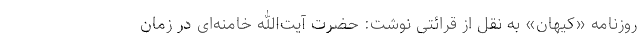
روزنامه «کیهان» به نقل از قرائتی نوشت: حضرت آیت‌الله خامنه‌ای در زمان